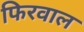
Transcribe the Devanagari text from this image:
फिरवाल